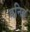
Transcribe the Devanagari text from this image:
वनित